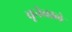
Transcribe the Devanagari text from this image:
चूनेवाले